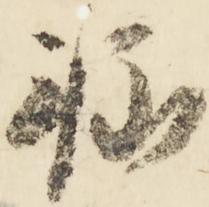
軽